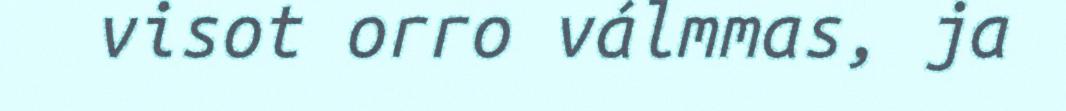
visot orro válmmas, ja